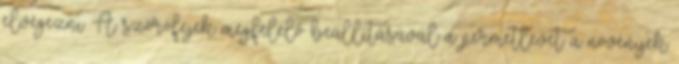
elvégezni. A szórófejek megfelelő beállításával a permetlevet a növények